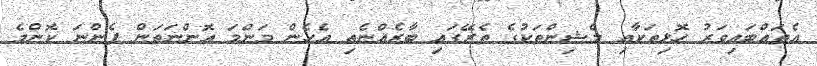
އެތައްބައިވަރު ހޮޅިތަކާއި މެޝިންތަކުގެ ތެރޭގައި ބާރެއްނެތި އެހެން މަންމަ އޮންނަތަން ފެންނަ ކޮންމެ